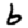
Digit: 6